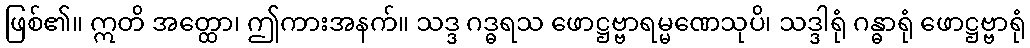
ဖြစ်၏။ ဣတိ အတ္ထော၊ ဤကားအနက်။ သဒ္ဒ ဂဒ္ဓရသ ဖောဋ္ဌဗ္ဗာရမ္မဏေသုပိ၊ သဒ္ဒါရုံ ဂန္ဓာရုံ ဖောဋ္ဌဗ္ဗာရုံ